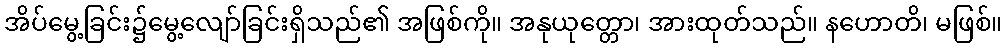
အိပ်မွေ့ခြင်း၌မွေ့လျော်ခြင်းရှိသည်၏ အဖြစ်ကို။ အနုယုတ္တော၊ အားထုတ်သည်။ နဟောတိ၊ မဖြစ်။